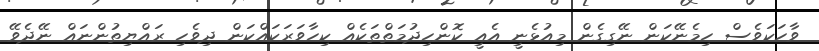
ވާހަކަވެސް ހިމެނޭކަން ނޭގިގެން މިއުޅެނީ އެއީ ކޮންހިދުމަތްތަކެއް ކިހާވަރަކައްކަން ދިވެހި ރައްޔިތުންނައް ނޭދެވޭ